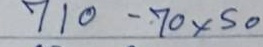
710 - 70 x 50